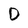
Character: D